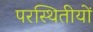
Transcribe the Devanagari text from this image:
परस्थितीयों